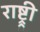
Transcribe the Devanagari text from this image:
राष्ट्र्री